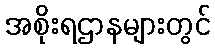
အစိုးရဌာနများတွင်